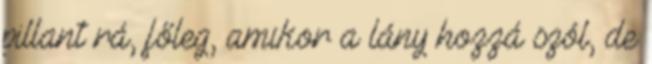
pillant rá, főleg, amikor a lány hozzá szól, de